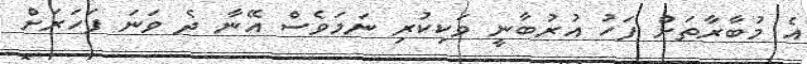
އެ މުބާރާތަށް ފަހު އުރުބާނީ ވަކިކުރި ނަމަވެސް އޭނާ ދެ ވަނަ ފަހަރަށް